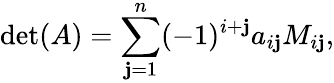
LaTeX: \operatorname*{d\mathrm{e}t}(A)=\sum_{\mathbf{j}=1}^{n}(-1)^{i+\mathbf{j}}a_{i\mathbf{j}}M_{i\mathbf{j}},